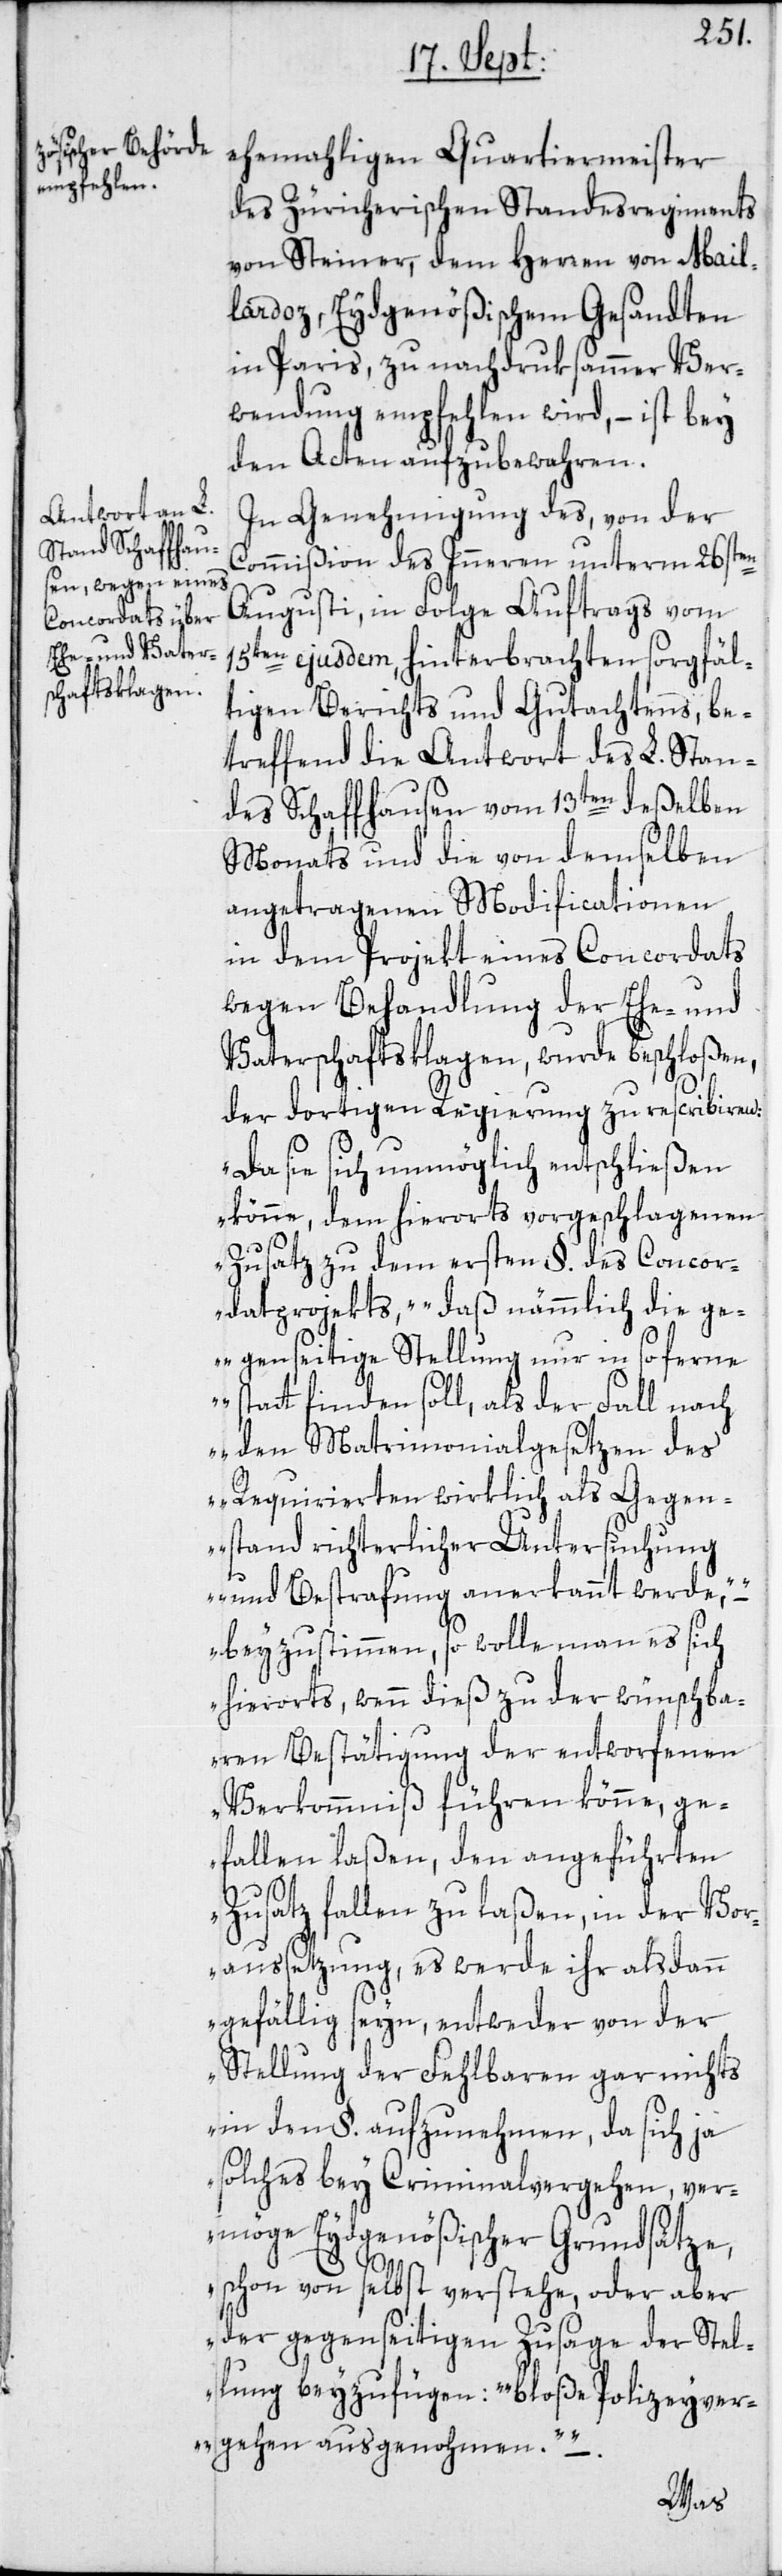
ehemahligen Quartiermeister
des Züricherischen Standesregiments
von Steiner, dem Herren von Mail¬
lardoz, Eydgenößischem Gesandten
in Paris, zu nachdruksammer Ver¬
wendung empfehlen wird, – ist bey
den Acten aufzubewahren.
In Genehmigung des, von der
Commißion des Inneren unterm 26sten
Augusti, in Folge Auftrags vom
15ten ejusdem, hinterbrachten sorgfäl¬
tigen Berichts und Gutachtens, be¬
treffend die Antwort des L. Stan¬
des Schaffhausen vom 13ten deßelben
Monats und die von demselben
angetragenen Modificationen
in dem Projekt eines Concordats
wegen Behandlung der Ehe- und
Vaterschaftsklagen, wurde beschloßen,
der dortigen Regierung zu rescribieren:
„Da sie sich unmöglich entschließen
könne, dem hierorts vorgeschlagenen
Zusatz zu dem ersten §. des Concor¬
datprojekts, „daß nämmlich die ge¬
genseitige Stellung nur in so ferne
statt finden soll, als der Fall nach
den Matrimonialgesetzen des
Requirierten wirklich als Gegen¬
stand richterlicher Untersuchung
und Bestrafung anerkannt werde, –
beyzustimmen, so wolle man es sich
hierorts, wenn dieß zu der wünschba¬
ren Bestätigung der entworfenen
Verkommniß führen könne, ge¬
fallen laßen, den angeführten
Zusatz fallen zu laßen, in der Vor¬
aussetzung, es werde ihr alsdann
gefällig seyn, entweder von der
Stellung der Fehlbaren gar nichts
in den §. aufzunehmen, da sich ja
solches bey Criminalvergehen, ver¬
möge Eydgenößischer Grundsätze,
schon von selbst verstehe, oder aber
der gegenseitigen Zusage der Stel¬
lung beyzufügen: „bloße Polizeyver¬
gehen ausgenohmen“. –